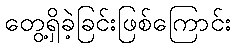
တွေ့ရှိခဲ့ခြင်းဖြစ်ကြောင်း